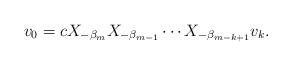
LaTeX: \begin{align*} v_0 = c X_{- \beta _m } X_{- \beta _{m-1}} \cdots X_{- \beta _{m-k+1}} v_k.\end{align*}